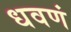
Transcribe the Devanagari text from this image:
धवणं